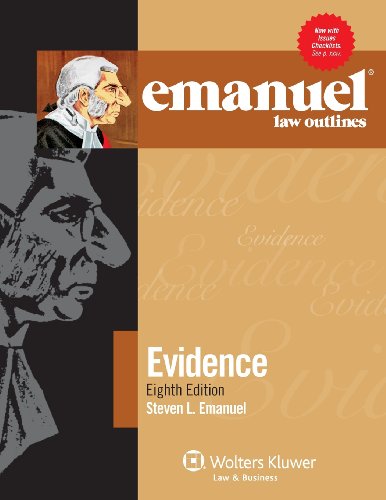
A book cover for Emanuel Law Outlines: Evidence, Eighth Edition; Steven L. Emanuel; Law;